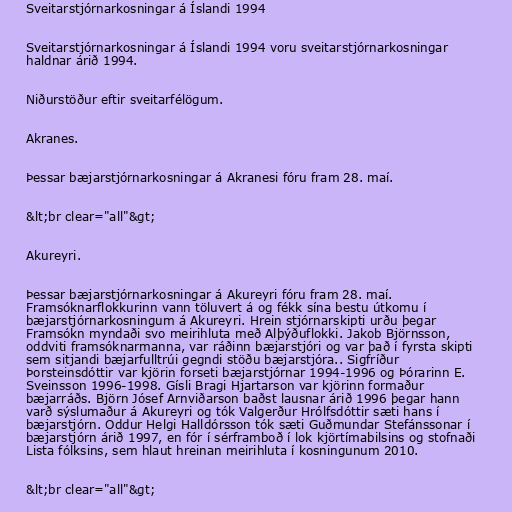
Sveitarstjórnarkosningar á Íslandi 1994

Sveitarstjórnarkosningar á Íslandi 1994 voru sveitarstjórnarkosningar
haldnar árið 1994.

Niðurstöður eftir sveitarfélögum.

Akranes.

Þessar bæjarstjórnarkosningar á Akranesi fóru fram 28. maí.

&lt;br clear="all"&gt;

Akureyri.

Þessar bæjarstjórnarkosningar á Akureyri fóru fram 28. maí.
Framsóknarflokkurinn vann töluvert á og fékk sína bestu útkomu í
bæjarstjórnarkosningum á Akureyri. Hrein stjórnarskipti urðu þegar
Framsókn myndaði svo meirihluta með Alþýðuflokki. Jakob Björnsson,
oddviti framsóknarmanna, var ráðinn bæjarstjóri og var það í fyrsta skipti
sem sitjandi bæjarfulltrúi gegndi stöðu bæjarstjóra.. Sigfríður
Þorsteinsdóttir var kjörin forseti bæjarstjórnar 1994-1996 og Þórarinn E.
Sveinsson 1996-1998. Gísli Bragi Hjartarson var kjörinn formaður
bæjarráðs. Björn Jósef Arnviðarson baðst lausnar árið 1996 þegar hann
varð sýslumaður á Akureyri og tók Valgerður Hrólfsdóttir sæti hans í
bæjarstjórn. Oddur Helgi Halldórsson tók sæti Guðmundar Stefánssonar í
bæjarstjórn árið 1997, en fór í sérframboð í lok kjörtímabilsins og stofnaði
Lista fólksins, sem hlaut hreinan meirihluta í kosningunum 2010.

&lt;br clear="all"&gt;